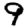
Digit: 9